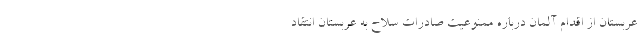
عربستان از اقدام آلمان درباره ممنوعیت صادرات سلاح به عربستان انتقاد